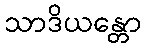
သာဒိယန္တော